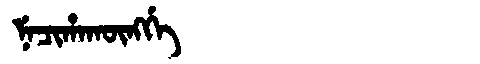
Manchu: ᠨᡝᠴᡳᡥᠠᡴᡡᠩᡤᡝ
Romanization: NECIHAKŪNGGE